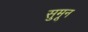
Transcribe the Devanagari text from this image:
सुमून